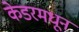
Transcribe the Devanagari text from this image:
केडरमधून